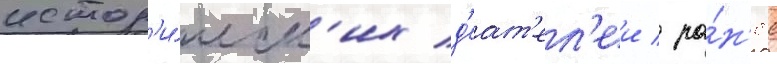
истор'и́ческ'их д'еат'ел'еи / ра́н'ее